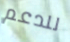
للدعم